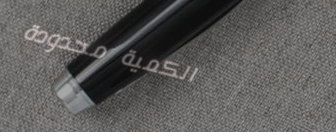
الكمية محدودة